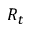
R _ { t }